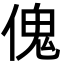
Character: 傀